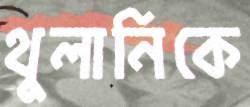
থুলানিকে